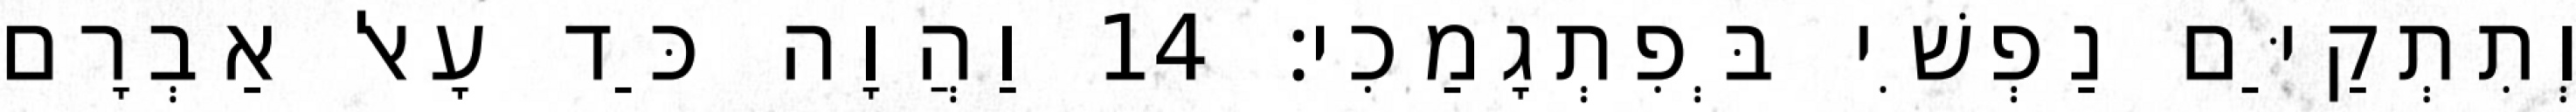
וְתִתְקַיַּם נַפְשִׁי בְּפִתְגָמַכִי׃ 14 וַהֲוָה כַּד עָאל אַבְרָם